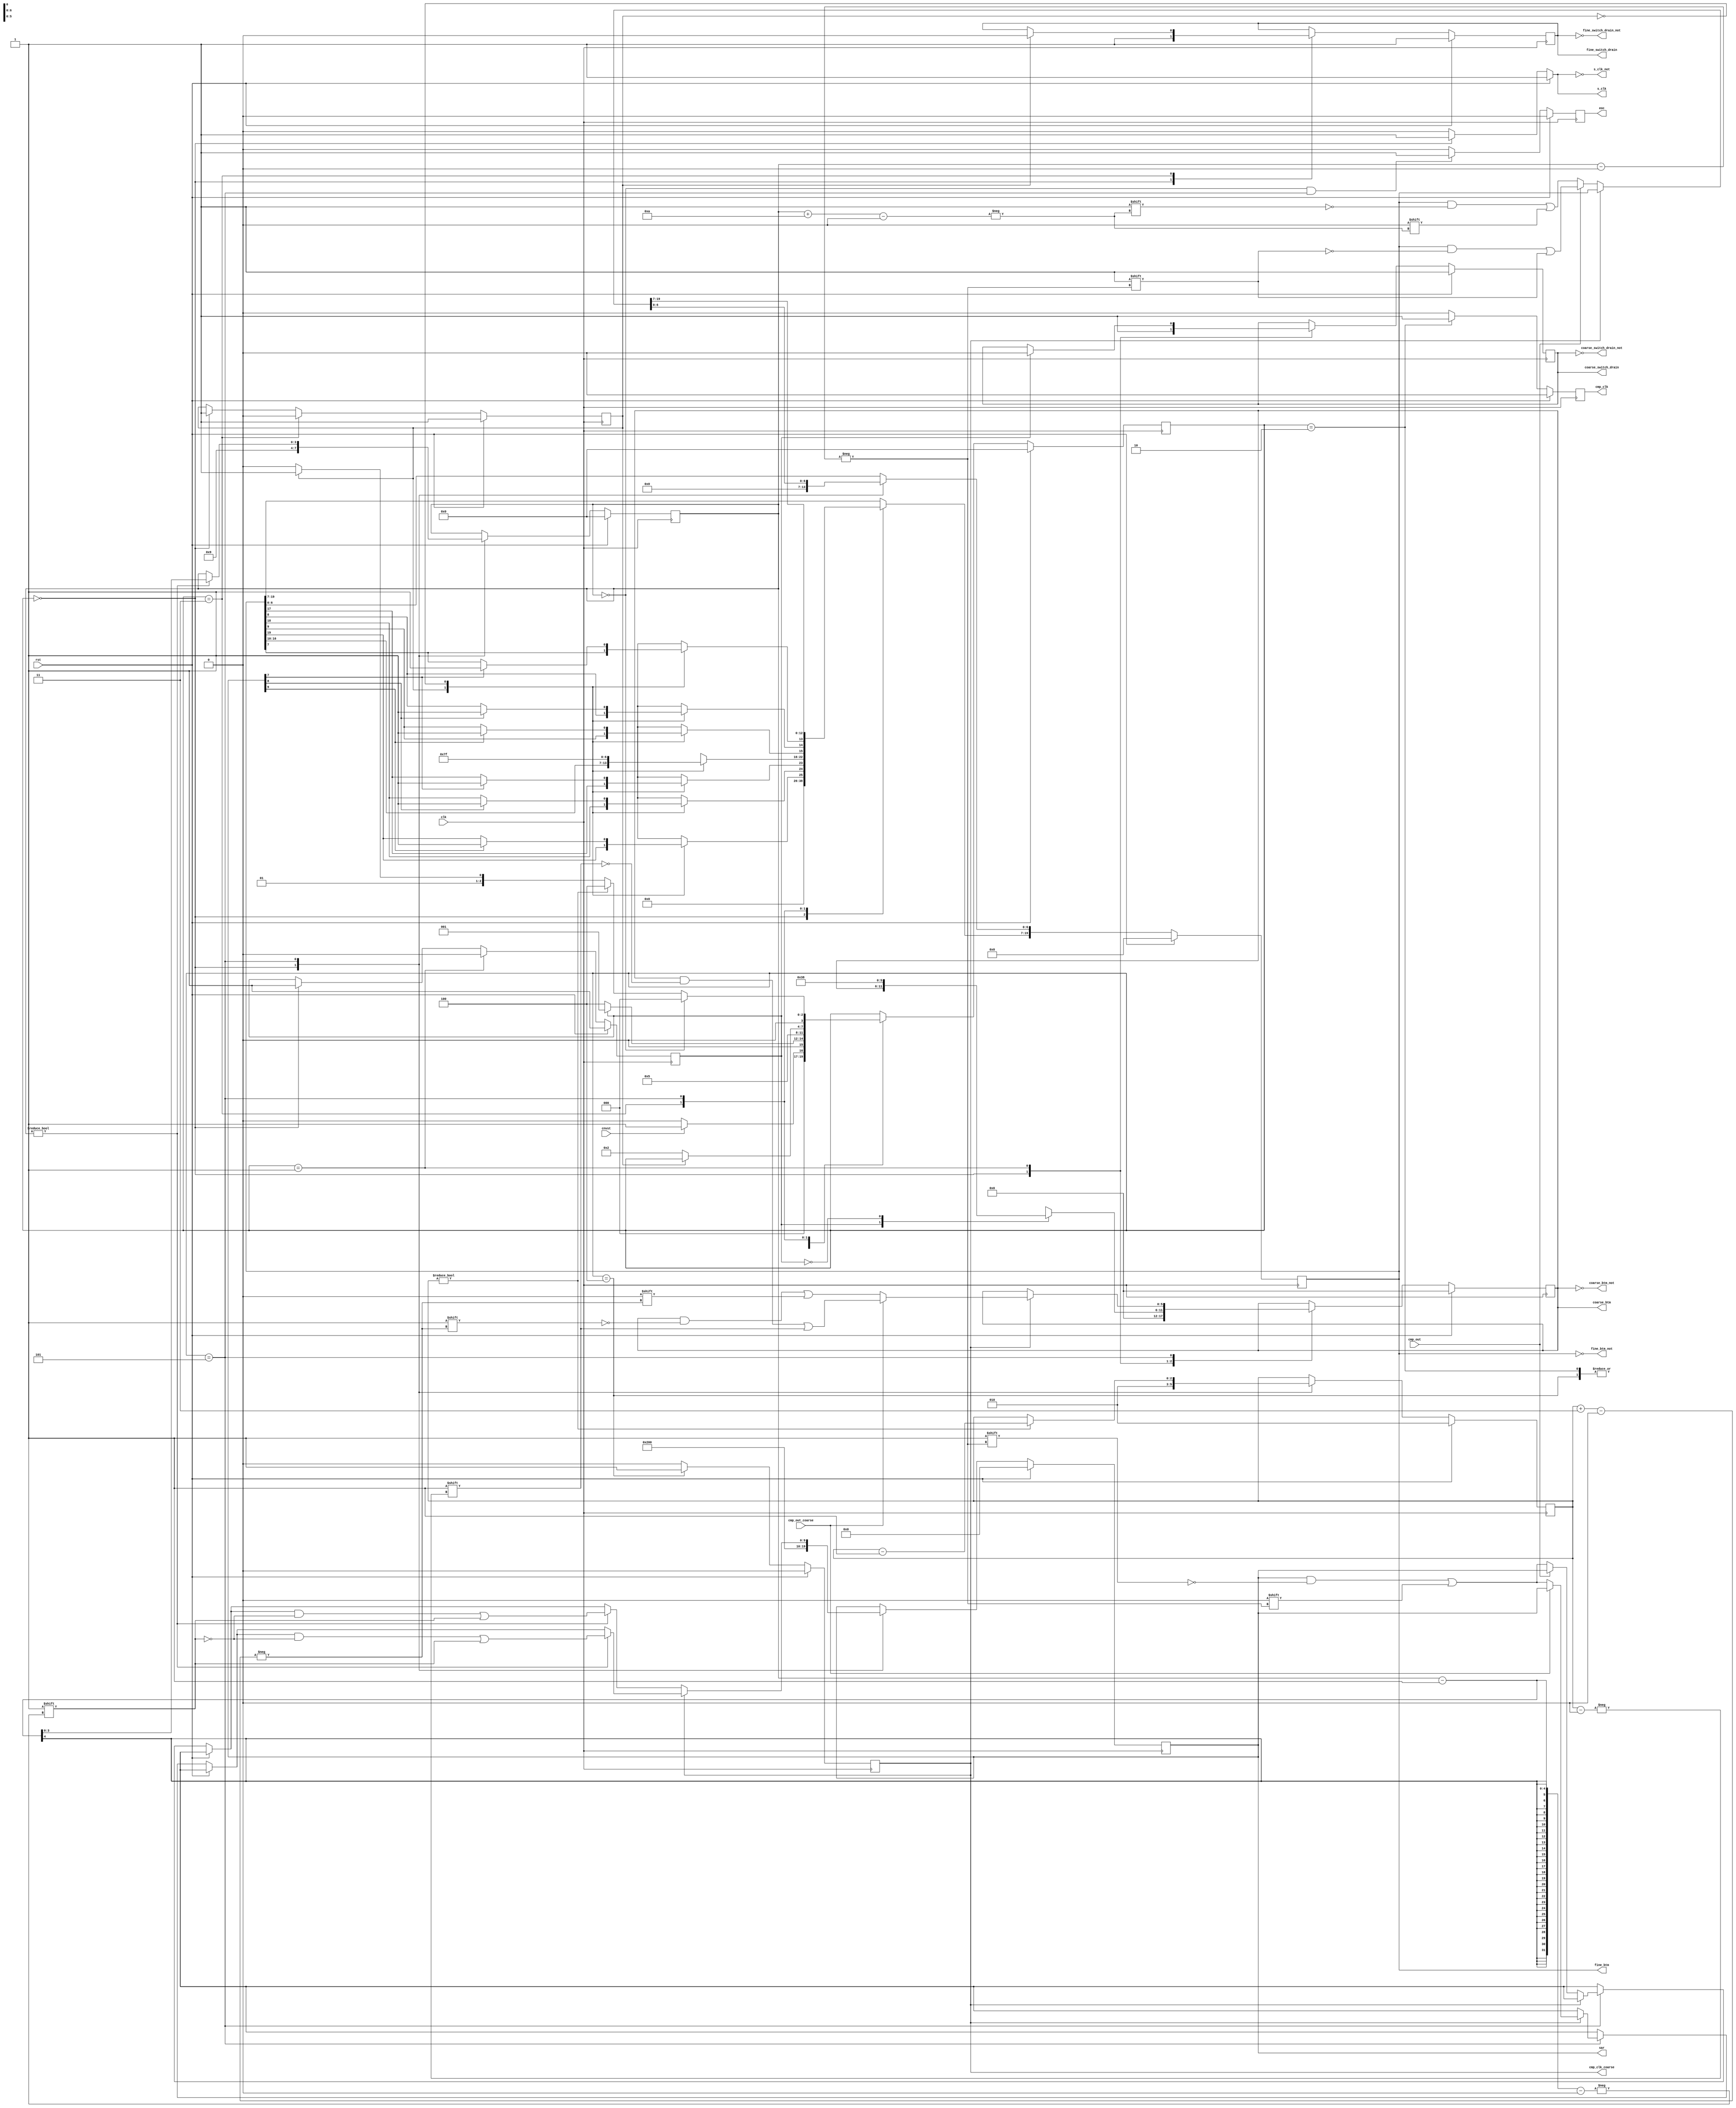
module sar_logic_CS_10bit_k3(
	input clk,
	input rst,
	input cnvst,
	input cmp_out,
	input cmp_out_coarse,
	output reg [9:0] sar, // digital output
	output reg eoc, // end of conversion
	output reg cmp_clk, // comparator clock
	output reg cmp_clk_coarse,

	output reg s_clk, // bootstrap switch clock
	output reg [19:0] fine_btm,
	output reg [5:0] coarse_btm,
	output reg fine_switch_drain,
	output reg coarse_switch_drain,

	//INVERTED OUTPUTS
	output s_clk_not,
	output [19:0] fine_btm_not,
	output [5:0] coarse_btm_not,
	output fine_switch_drain_not,
	output coarse_switch_drain_not
	);
	
	// 256 128 64 32 16 8  4  2  1  1  256 128 64 32 16 8 4 2 1 1
	//  19  18 17 16 15 14 13 12 11 10   9   8  7  6  5 4 3 2 1 0 
	parameter S_wait						= 4'd0;
	parameter S_drain 					= 4'd1;
	parameter S_comprst					= 4'd2;
	parameter S_ds							= 4'd3;
	parameter S_comprst_coarse 	= 4'd4;
	parameter S_decide					= 4'd5;

	assign s_clk_not = ~s_clk;
	assign fine_btm_not = ~fine_btm;
	assign fine_switch_drain_not = ~fine_switch_drain;
	assign coarse_btm_not = ~coarse_btm;
	assign coarse_switch_drain_not = ~coarse_switch_drain;

	reg [3:0] state;
	reg drain;
	reg [3:0] b;
	reg [2:0] b_coarse;
	reg ds;

	reg fine_up; // 1 if SCA2 has upper bound voltage

	always @(posedge clk) begin //state transitions
		if (rst) 
			state <= S_wait;
		else
			case(state)
				S_wait:
					if(cnvst)
						state <= S_drain;
					else 
						state <= S_wait;
				S_drain:
					if(drain)
						state <= S_drain;
					else
						state <= S_comprst_coarse;
				S_comprst:
					state <= S_decide;
				S_comprst_coarse:
					state <= S_decide;
				S_ds:
					if(ds==0)
						state <= S_comprst;
				S_decide:
					if(b==0)
						state <= S_wait;
					else
						if(b_coarse)
							state <= S_comprst_coarse;
						else if(ds)
							state <= S_ds;
						else 
							state <= S_comprst;

			endcase
	end


	always @(posedge clk) begin //eoc
		if (rst) 
			// reset
			eoc <= 0;
		else 
			if (b == 0 && state == S_decide) 
				eoc <= 1;
			else
				eoc <= 0;
	end


	always @(posedge clk) begin //b
		if (rst)
			// reset
			b <= 0;
		else 
			case(state)
				S_wait:
					b <= 4'd9;
				S_decide:
					if(b)
						b <= b - 1;
			endcase
	end

	always @(posedge clk) begin //b_coarse
		if (rst)
			// reset
			b_coarse <= 3'd2;
		else 
			case(state)
				S_wait:
					b_coarse <= 3'd2;
				S_decide:
					if(b_coarse)
						b_coarse <= b_coarse - 1;
			endcase
	end

	always @(*) begin //s_clk
		if (rst) 
			// reset
			s_clk <= 1;
		else 
			if (state == S_wait) 
				s_clk <= 1;
			else
				s_clk <= 0;
	end

	always @(posedge clk) begin //cmp_clk
		if (rst) 
			// reset
			cmp_clk <= 0;
		else 
			if (state == S_comprst) 
				cmp_clk <= 1;
			else
				cmp_clk <= 0;
	end

	always @(posedge clk) begin //cmp_clk_coarse
		if (rst) 
			// reset
			cmp_clk_coarse <= 0;
		else 
			if (state == S_comprst_coarse) 
				cmp_clk_coarse <= 1;
			else
				cmp_clk_coarse <= 0;
	end

	always @(posedge clk) begin //drain
		if (rst) 
			// reset
			drain <= 1;
		else 
			if (state == S_drain)
				drain <= 0;
			else if (state == S_wait)
				drain <= 1;
	end

	always @(posedge clk) begin //ds
		if (rst) 
			// reset
			ds <= 1;
		else 
			if (state == S_ds)
				ds <= 0;
			else if (state == S_wait)
				ds <= 1;
	end

	always @(posedge clk) begin //sar
		if (rst) begin
			// reset
			sar <= 0;
		end
		else
			case(state)
				S_wait:
					sar <= 10'b1000000000;
				S_decide: begin
					if(cmp_clk_coarse) begin
						if(cmp_out_coarse == 0)
							sar[b] <= 0;
						if(b)
						 sar[b-1] <= 1;
					end
					else begin
						if(cmp_out == 0)
							sar[b] <= 0;
						if(b)
							sar[b-1] <= 1;
					end
				end
				
			endcase
	end


	always @(posedge clk) begin //DAC_switch_control
		if (rst) begin
			// reset
			fine_btm <= 20'd0;
			fine_switch_drain <= 1;
			coarse_switch_drain <= 1;
			coarse_btm <= 6'd0;
		end
		else
			case(state)
				S_wait: begin
					fine_btm <= 20'd0;
					coarse_btm <= 6'd0;
					fine_switch_drain <= 1;
					coarse_switch_drain <= 1;
				end
				S_drain:
					case(drain)
						1:
							coarse_switch_drain <= 0;
						0: begin
							coarse_btm <= 6'b111000;
							end
						endcase
				S_ds:
					case(ds)
						1:
							fine_switch_drain <= 0;
						0: begin
							if(sar[9] == 1) begin
								fine_btm[19] <= 1;
								fine_btm[9] <= 1;
							end
							if(sar[8] == 1) begin
								fine_btm[18] <= 1;
								fine_btm[8] <= 1;
							end
							if(sar[7] == 1) begin
								fine_btm[17] <= 1;
								fine_btm[7] <= 1;
							end
							fine_btm[16:10] <= 7'b1111111;
						end

					endcase
				S_decide:
					if(cmp_clk_coarse) 
						if(cmp_out_coarse) begin
							coarse_btm[b_coarse] <= 1;
						end		

						else begin
							coarse_btm[b_coarse+3] <= 0;
						end

					else
						if(cmp_out) begin
							fine_btm[b] <= 1;
						end		

						else begin
							fine_btm[b+10] <= 0;
						end

			endcase
		
	end

endmodule